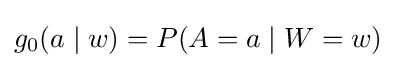
g_{0}(a\mid w)=P(A=a\mid W=w)